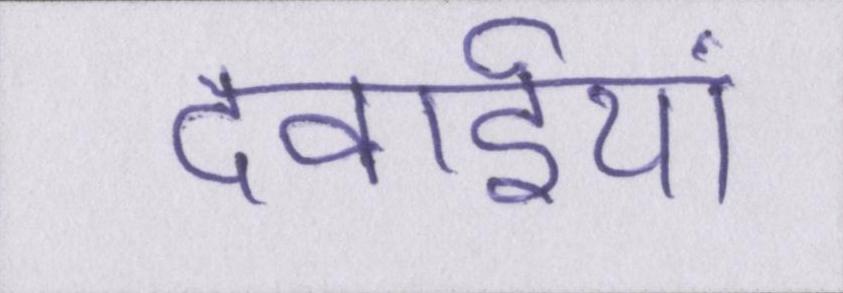
दवाईयां